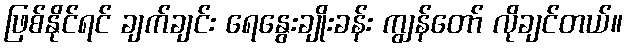
ဖြစ်နိုင်ရင် ချက်ချင်း ရေနွေးချိုးခန်း ကျွန်တော် လိုချင်တယ်။